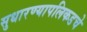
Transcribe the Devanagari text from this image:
सुधारण्यापलिकडचे